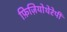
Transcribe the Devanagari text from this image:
फ़िज़ियोथेरेपी